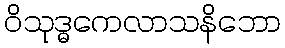
ဝိသုဒ္ဓကေလာသနိဘော